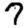
Digit: 7